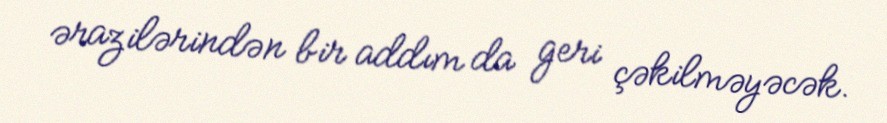
ərazilərindən bir addım da geri çəkilməyəcək.